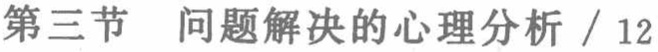
第三节 问题解决的心理分析 / 12